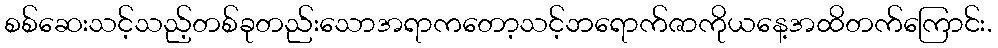
စစ်ဆေးသင့်သည့်တစ်ခုတည်းသောအရာကတော့သင့်ဘရောက်ဇာကိုယနေ့အထိတက်ကြောင်း.